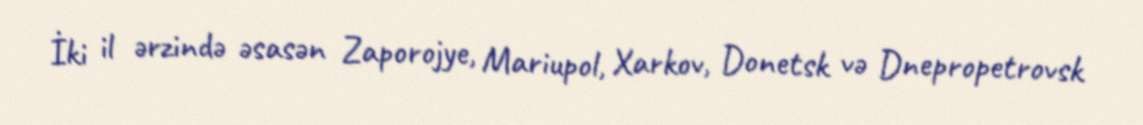
İki il ərzində əsasən Zaporojye, Mariupol, Xarkov, Donetsk və Dnepropetrovsk